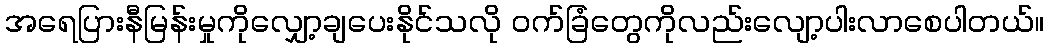
အရေပြားနီမြန်းမှုကိုလျှော့ချပေးနိုင်သလို ဝက်ခြံတွေကိုလည်းလျော့ပါးလာစေပါတယ်။